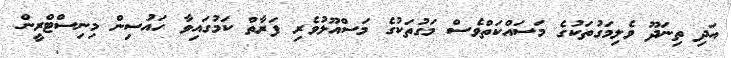
އަދި ތިނަދޫ ވެލިމަގުތަކުގެ މަސައްކަތްވެސް މަގުތަކުގެ މަސްއޫލުވެރި ފަރާތް ކަމުގައިވާ ހައުސިން މިނިސްޓްރީން